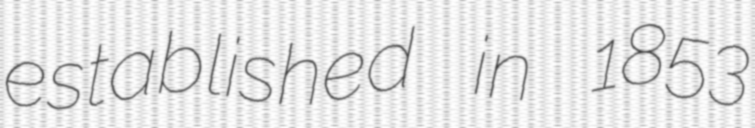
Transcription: established in 1853